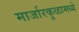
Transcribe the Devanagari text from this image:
मार्जारकुळामध्ये